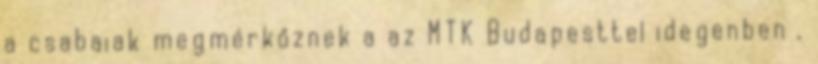
a csabaiak megmérkőznek a az MTK Budapesttel idegenben ,